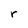
Character: r